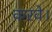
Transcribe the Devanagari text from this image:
करवे।